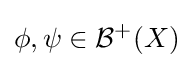
\phi ,\psi \in {\mathcal {B}}^{+}(X)